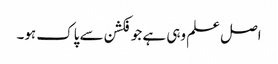
اصل علم وہی ہے جو فکشن سے پاک ہو۔